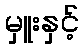
မှူးနှင့်